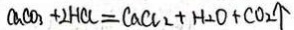
C a C O _ { 3 } + 2 H C l = C a C l _ { 2 } + H _ { 2 } O + C O _ { 2 } \uparrow